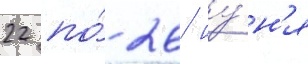
22 по́ 26 иу́н'я